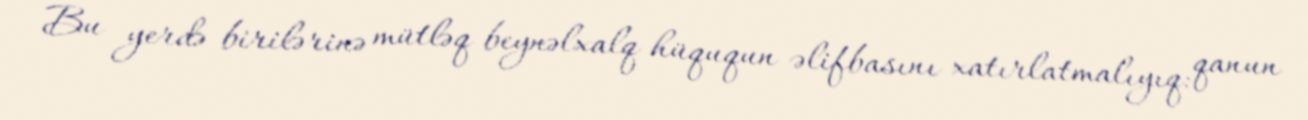
Bu yerdə birilərinə mütləq beynəlxalq hüququn əlifbasını xatırlatmalıyıq: qanun